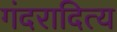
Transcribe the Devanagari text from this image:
गंदरादित्य